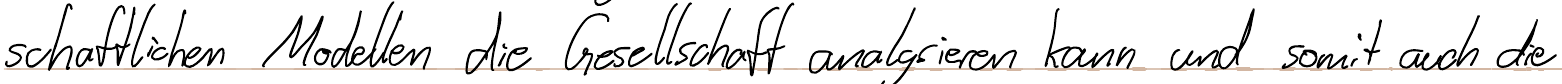
schaftlichen Modellen die Gesellschaft analysieren kann und somit auch die